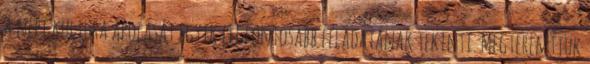
a népi kultúra ápolását egyik legfontosabb feladatának tekinti. Megteremtjük